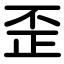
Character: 歪